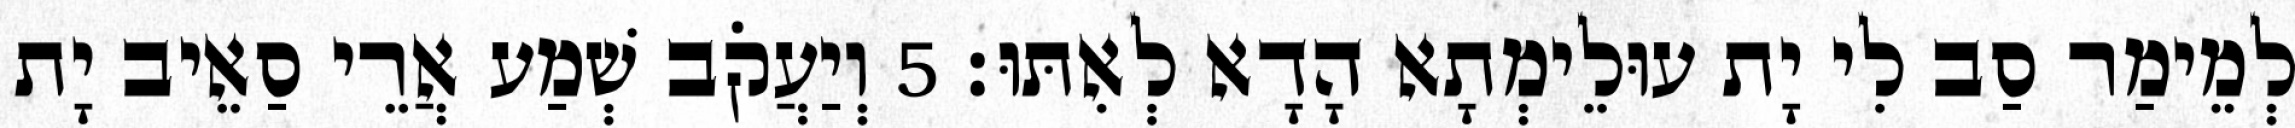
לְמֵימַר סַב לִי יָת עוּלֵימְתָא הָדָא לְאִתּוּ׃ 5 וְיַעֲקֹב שְׁמַע אֲרֵי סַאֵיב יָת